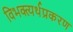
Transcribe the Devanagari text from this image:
विभक्त्यर्थप्रकरण